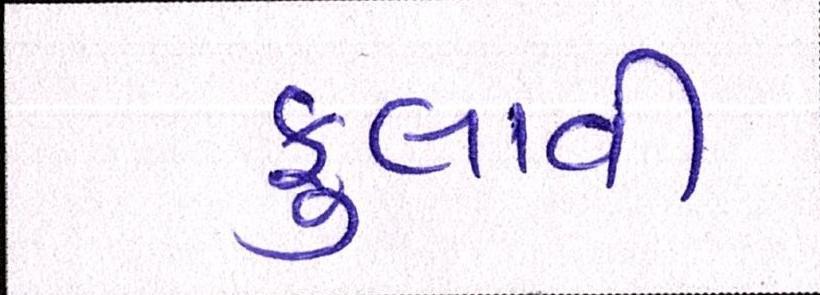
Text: ફુલાવી